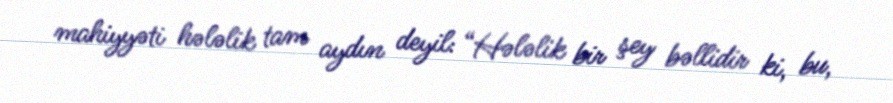
mahiyyəti hələlik tam aydın deyil: “Hələlik bir şey bəllidir ki, bu,